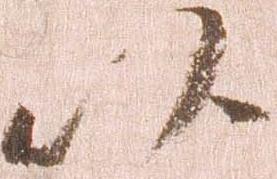
以